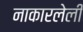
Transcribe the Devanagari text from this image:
नाकारलेली